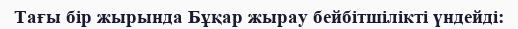
Тағы бір жырында Бұқар жырау бейбітшілікті үндейді: